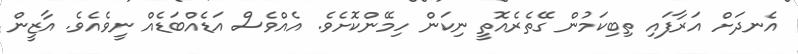
އެނދަށް އަރާފައި ތިބިކަމުން ގޭތެރެއޮތީ ނިކަން ހިމޭންކޮށެވެ. އެއްވެސް އަޑެއްބަޑެއް ނީވެއެވެ. އާޒީން